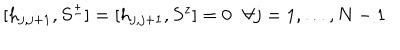
[ h _ { j , j + 1 } , S ^ { \pm } ] = [ h _ { j , j + 1 } , S ^ { z } ] = 0 \ \ \, \forall j = 1 , \ldots , N - 1